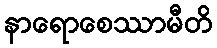
နာရောစေဿာမီတိ